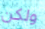
ولكن